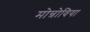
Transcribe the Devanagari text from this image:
मोन्रोविया